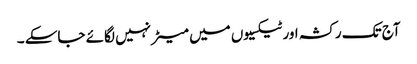
آج تک رکشہ اور ٹیکسیوں میں میٹر نہیں لگائے جاسکے ۔